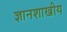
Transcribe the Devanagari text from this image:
ज्ञानशाखीय